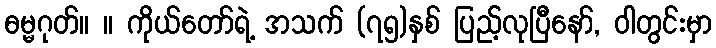
ဓမ္မဂုတ်။ ။ ကိုယ်တော်ရဲ့ အသက် (၇၅)နှစ် ပြည့်လုပြီနော်, ဝါတွင်းမှာ